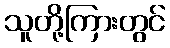
သူတို့ကြားတွင်